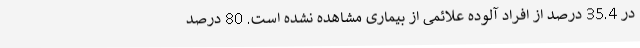
در 35.4 درصد از افراد آلوده علائمی از بیماری مشاهده نشده است. 80 درصد